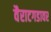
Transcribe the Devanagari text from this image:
वैराटगडावर